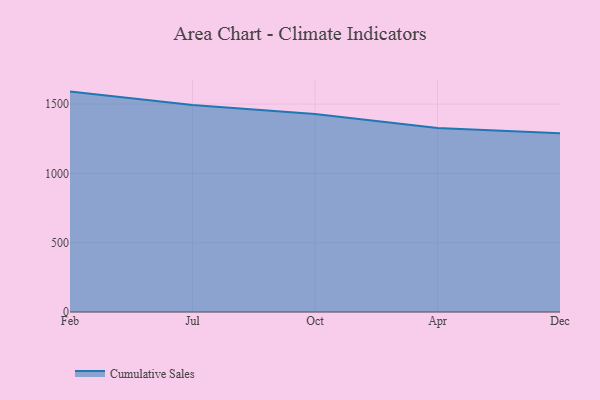
{"axis": {"x": "Month", "y": "Page Views"}, "legend": ["Cumulative Sales"], "data": [{"x": "Feb", "y": 1589.9, "type": "Cumulative Sales"}, {"x": "Jul", "y": 1493.9, "type": "Cumulative Sales"}, {"x": "Oct", "y": 1427.7, "type": "Cumulative Sales"}, {"x": "Apr", "y": 1326.7, "type": "Cumulative Sales"}, {"x": "Dec", "y": 1288.8, "type": "Cumulative Sales"}]}